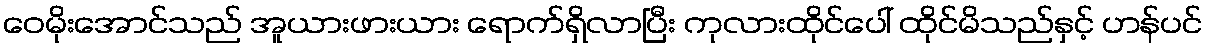
ဝေမိုးအောင်သည် အူယားဖားယား ရောက်ရှိလာပြီး ကုလားထိုင်ပေါ် ထိုင်မိသည်နှင့် ဟန်ပင်